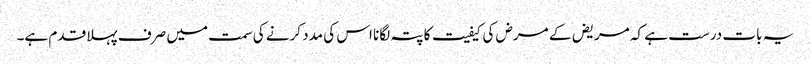
یہ بات درست ہے کہ مریض کے مرض کی کیفیت کا پتہ لگانا اس کی مدد کرنے کی سمت میں صرف پہلا قدم ہے۔